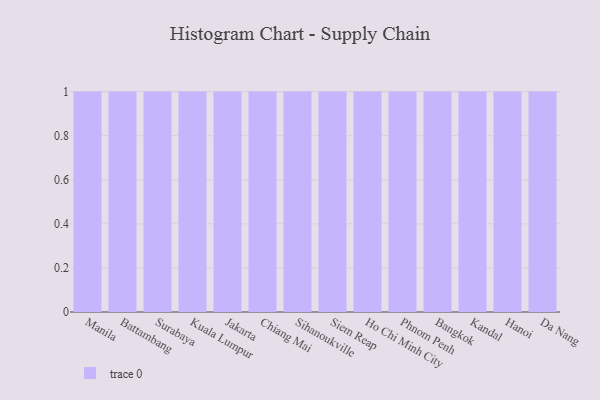
{"axis": {"x": "City", "y": "Operating Costs (USD K)"}, "legend": [""], "data": [{"x": "Manila", "y": 25, "type": ""}, {"x": "Battambang", "y": 49, "type": ""}, {"x": "Surabaya", "y": 17, "type": ""}, {"x": "Kuala Lumpur", "y": 19, "type": ""}, {"x": "Jakarta", "y": 49, "type": ""}, {"x": "Chiang Mai", "y": 6, "type": ""}, {"x": "Sihanoukville", "y": 65, "type": ""}, {"x": "Siem Reap", "y": 99, "type": ""}, {"x": "Ho Chi Minh City", "y": 23, "type": ""}, {"x": "Phnom Penh", "y": 50, "type": ""}, {"x": "Bangkok", "y": 34, "type": ""}, {"x": "Kandal", "y": 27, "type": ""}, {"x": "Hanoi", "y": 51, "type": ""}, {"x": "Da Nang", "y": 98, "type": ""}]}